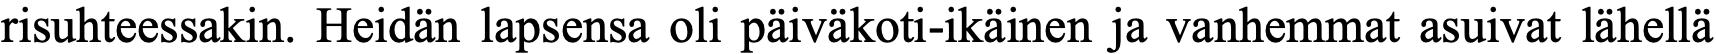
risuhteessakin. Heidän lapsensa oli päiväkoti-ikäinen ja vanhemmat asuivat lähellä